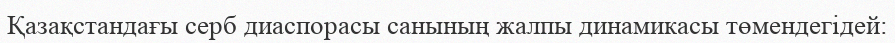
Қазақстандағы серб диаспорасы санының жалпы динамикасы төмендегідей: